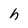
Character: h